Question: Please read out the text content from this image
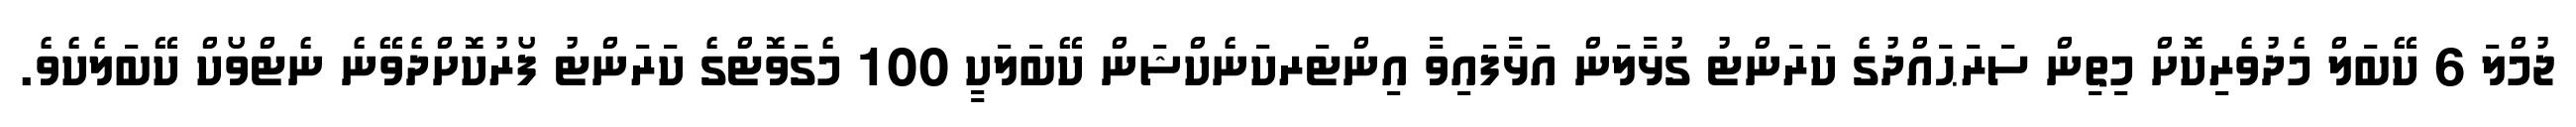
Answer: ޖުމްލަ 6 ކޭބަލް މެދުވެރިކޮށް މިތިން ސަރަޙައްދުގެ ކަރަންޓު ގުޅާލަން އަޅާފައިވާ އިންޓަރކަނެކްޝަން ކޭބަލަކީ 100 މެގަވޮޓްގެ ކަރަންޓު ފޯރުކޮށްދެވޭނެ ނެޓްވޯކް ކޭބަލެކެވެ.